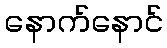
နောက်နောင်